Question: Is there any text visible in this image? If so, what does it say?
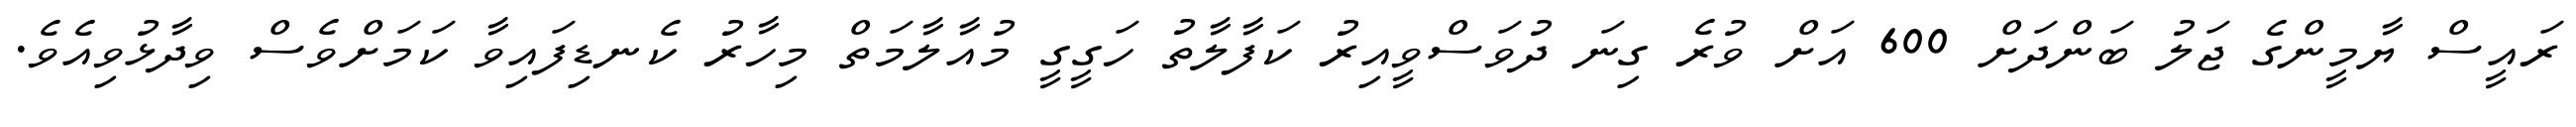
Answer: ރައީސް ޔާމީންގެ ޖަލު ބަންދަށް 600 އަށް ވުރެ ގިނަ ދުވަސްވީއިރު ކަފާލާތު ހަގީގީ މުއާލާމަތް މިހާރު ކެނޑިފައިވާ ކަމަށްވެސް ވިދާޅުވިއެވެ.